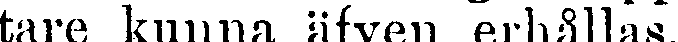
tare kunna äfven erhållas.